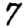
Digit: 7